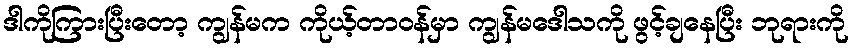
ဒါကိုကြားပြီးတော့ ကျွန်မက ကိုယ့်တာဝန်မှာ ကျွန်မဒေါသကို ဖွင့်ချနေပြီး ဘုရားကို